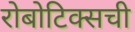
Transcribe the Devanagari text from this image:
रोबोटिक्सची